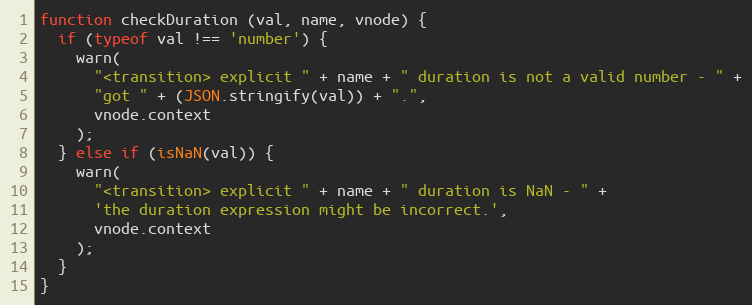
Language: JavaScript
function checkDuration (val, name, vnode) {
  if (typeof val !== 'number') {
    warn(
      "<transition> explicit " + name + " duration is not a valid number - " +
      "got " + (JSON.stringify(val)) + ".",
      vnode.context
    );
  } else if (isNaN(val)) {
    warn(
      "<transition> explicit " + name + " duration is NaN - " +
      'the duration expression might be incorrect.',
      vnode.context
    );
  }
}